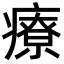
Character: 療